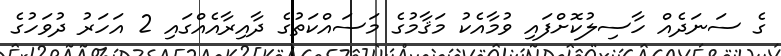
ގެ ސަނަދެއް ހާސިލުކޮށްފައި ވުމާއެކު މަޤާމުގެ މަސައްކަތުގެ ދާއިރާއެއްގައި 2 އަހަރު ދުވަހުގެ